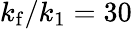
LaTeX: k_{\mathrm{f}}/k_{1}=30